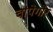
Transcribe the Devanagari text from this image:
चांपेगौर